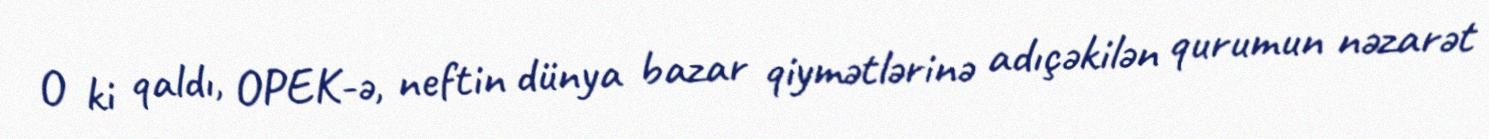
O ki qaldı, OPEK-ə, neftin dünya bazar qiymətlərinə adıçəkilən qurumun nəzarət